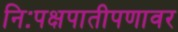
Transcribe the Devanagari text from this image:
निःपक्षपातीपणावर